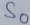
Text: S0